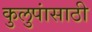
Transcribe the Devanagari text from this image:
कुलुपांसाठी